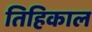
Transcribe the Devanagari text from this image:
तिहिकाल